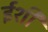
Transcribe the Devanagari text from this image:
ईशी